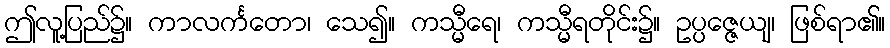
ဤလူ့ပြည်၌။ ကာလင်္ကတော၊ သေ၍။ ကသ္မီရေ၊ ကသ္မီရတိုင်း၌။ ဥပ္ပဇ္ဇေယျ၊ ဖြစ်ရာ၏။